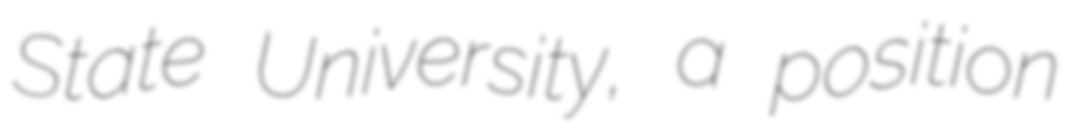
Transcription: State University, a position